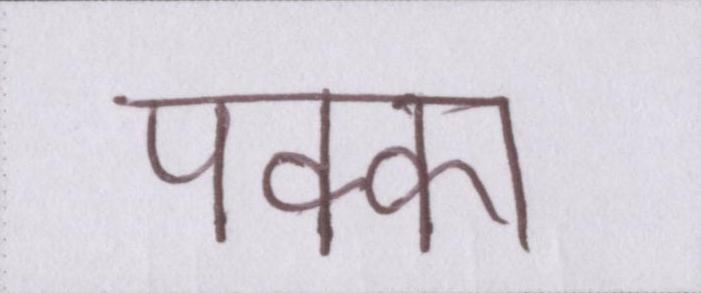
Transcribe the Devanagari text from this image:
पक्का